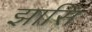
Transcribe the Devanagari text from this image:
झासि